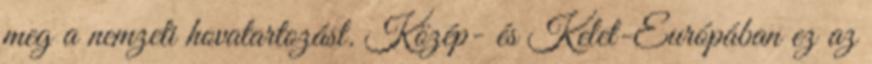
meg a nemzeti hovatartozást. Közép- és Kelet-Európában ez az